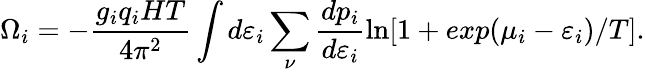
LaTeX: \Omega_{i}=-\frac{g_{i}q_{i}HT}{4\pi^{2}}\int d\varepsilon_{i}\sum_{\nu}\frac{dp_{i}}{d\varepsilon_{i}}\ln[1+exp(\mu_{i}-\varepsilon_{i})/T].